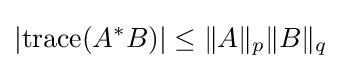
\left|\operatorname {trace} (A^{*}B)\right|\leq \|A\|_{p}\|B\|_{q}